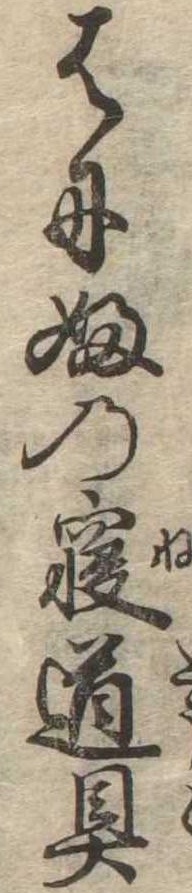
はにふの寝道具